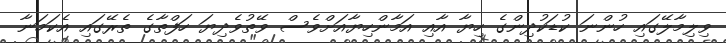
ވިލިމާލޭގައި ހުންނަ ކުޑަކުދިންގެ ހިޔާ އާއި އަމާންހިޔާއަށްވެސް ވޭތުވެދިޔަ ހަފްތާގެ ތެރޭގައި އެކަމަނާ